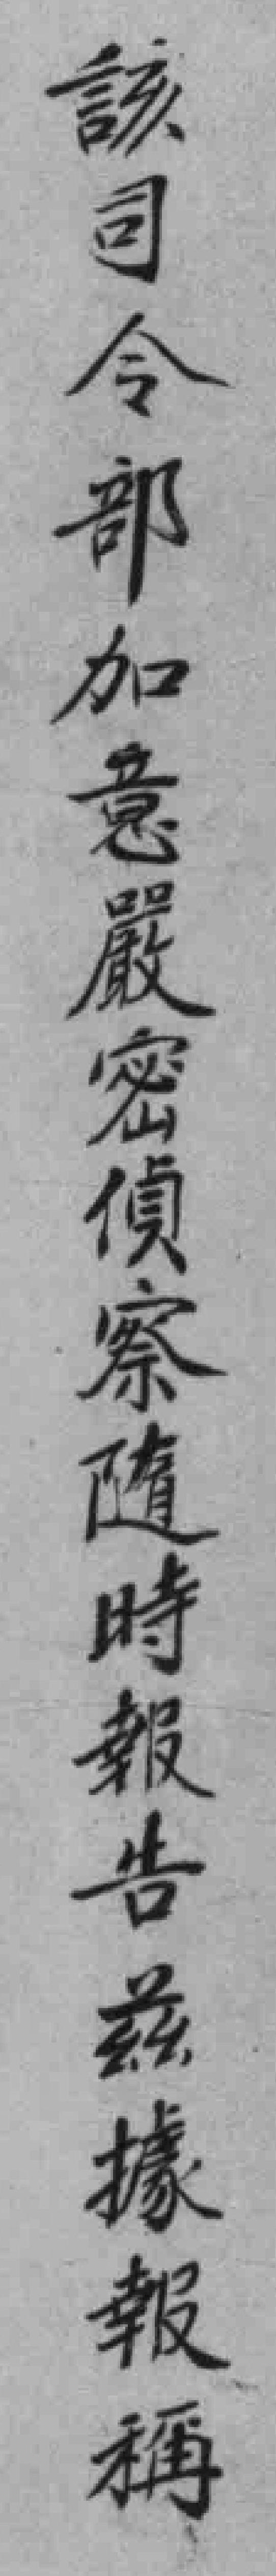
該司令部加意嚴密偵察隨時報告兹據報稱